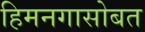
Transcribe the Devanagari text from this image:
हिमनगासोबत